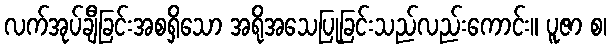
လက်အုပ်ချီခြင်းအစရှိသော အရိုအသေပြုခြင်းသည်လည်းကောင်း။ ပူဇာ စ၊